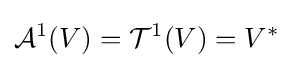
{\mathcal {A}}^{1}(V)={\mathcal {T}}^{1}(V)=V^{*}